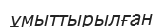
ұмыттырылған